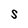
Character: S